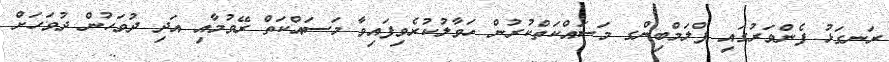
ރަނގަޅު ފެންވަރުގައި ޕްލަމްބިންގ މަސައްކަތްކުރުން ހަވާލުކުރެވިފައިވާ މަސައްކަތް ރޭވުމާއި އަދި ދުވަހުން ދުވަހަށް